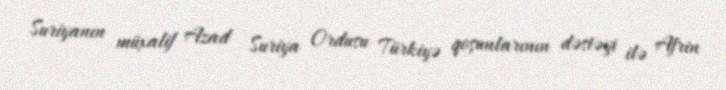
Suriyanın müxalif Azad Suriya Ordusu Türkiyə qoşunlarının dəstəyi ilə Afrin